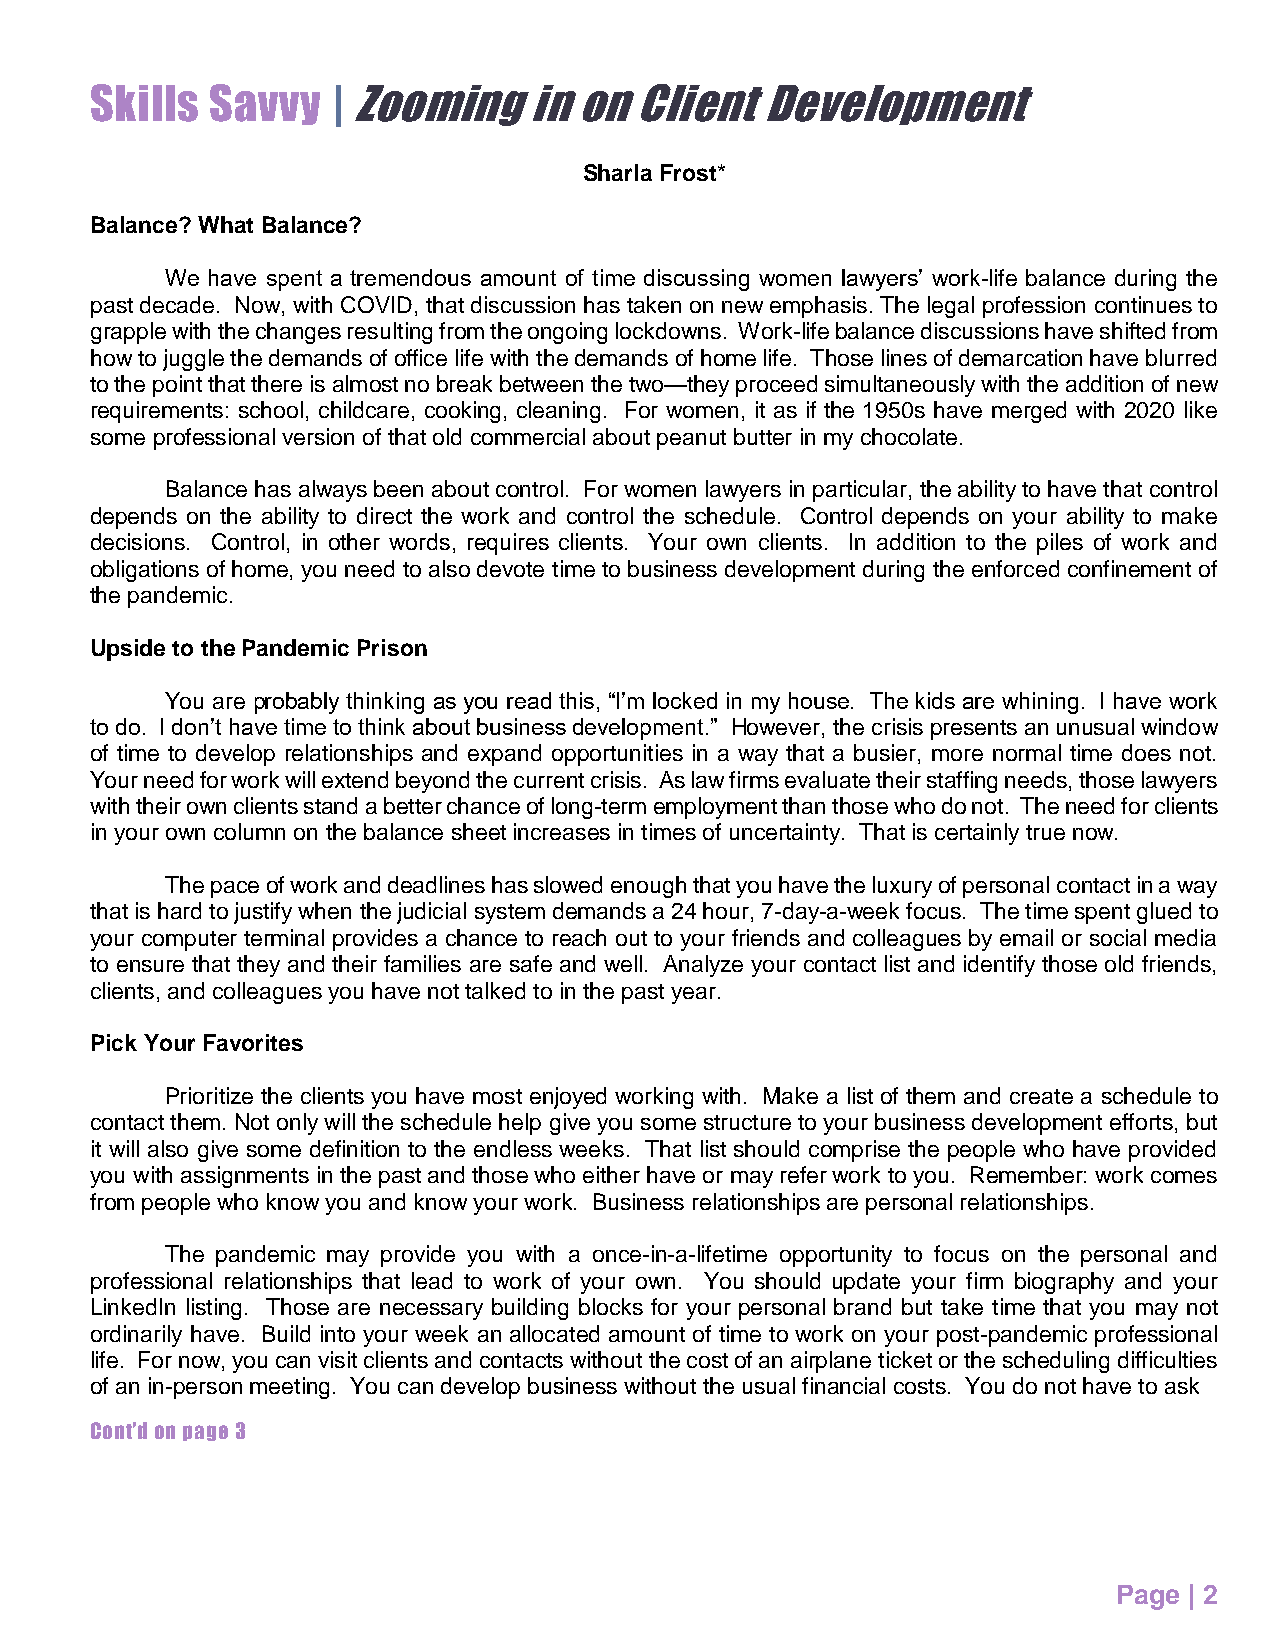
Skills  Savvy   | Zooming    in on  Client   Development
 Sharla Frost*
 Balance? What Balance?
 We have spent a tremendous amount of time discussing women lawyers’ work-life balance during the
 past decade. Now, with COVID, that discussion has taken on new emphasis. The legal profession continues to
 grapple with the changes resulting from the ongoing lockdowns. Work-life balance discussions have shifted from
 how to juggle the demands of office life with the demands of home life. Those lines of demarcation have blurred
 to the point that there is almost no break between the two—they proceed simultaneously with the addition of new
 requirements: school, childcare, cooking, cleaning. For women, it as if the 1950s have merged with 2020 like
 some professional version of that old commercial about peanut butter in my chocolate.
 Balance has always been about control. For women lawyers in particular, the ability to have that control
 depends on the ability to direct the work and control the schedule. Control depends on your ability to make
 decisions. Control, in other words, requires clients. Your own clients. In addition to the piles of work and
 obligations of home, you need to also devote time to business development during the enforced confinement of
 the pandemic.
 Upside to the Pandemic Prison
 You are probably thinking as you read this, “I’m locked in my house. The kids are whining. I have work
 to do. I don’t have time to think about business development.” However, the crisis presents an unusual window
 of time to develop relationships and expand opportunities in a way that a busier, more normal time does not.
 Your need for work will extend beyond the current crisis. As law firms evaluate their staffing needs, those lawyers
 with their own clients stand a better chance of long-term employment than those who do not. The need for clients
 in your own column on the balance sheet increases in times of uncertainty. That is certainly true now.
 The pace of work and deadlines has slowed enough that you have the luxury of personal contact in a way
 that is hard to justify when the judicial system demands a 24 hour, 7-day-a-week focus. The time spent glued to
 your computer terminal provides a chance to reach out to your friends and colleagues by email or social media
 to ensure that they and their families are safe and well. Analyze your contact list and identify those old friends,
 clients, and colleagues you have not talked to in the past year.
 Pick Your Favorites
 Prioritize the clients you have most enjoyed working with. Make a list of them and create a schedule to
 contact them. Not only will the schedule help give you some structure to your business development efforts, but
 it will also give some definition to the endless weeks. That list should comprise the people who have provided
 you with assignments in the past and those who either have or may refer work to you. Remember: work comes
 from people who know you and know your work. Business relationships are personal relationships.
 The pandemic may provide you with a once-in-a-lifetime opportunity to focus on the personal and
 professional relationships that lead to work of your own. You should update your firm biography and your
 LinkedIn listing. Those are necessary building blocks for your personal brand but take time that you may not
 ordinarily have. Build into your week an allocated amount of time to work on your post-pandemic professional
 life. For now, you can visit clients and contacts without the cost of an airplane ticket or the scheduling difficulties
 of an in-person meeting. You can develop business without the usual financial costs. You do not have to ask
 Cont’d on page 3
 Page | 2